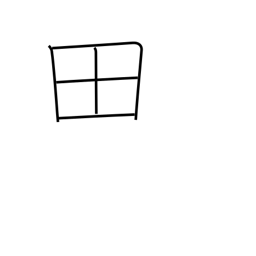
Meaning: rice field